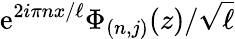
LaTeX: \mathrm{e}^{2i\pi nx/\ell}\Phi_{(n,j)}(z)/\sqrt{\ell}